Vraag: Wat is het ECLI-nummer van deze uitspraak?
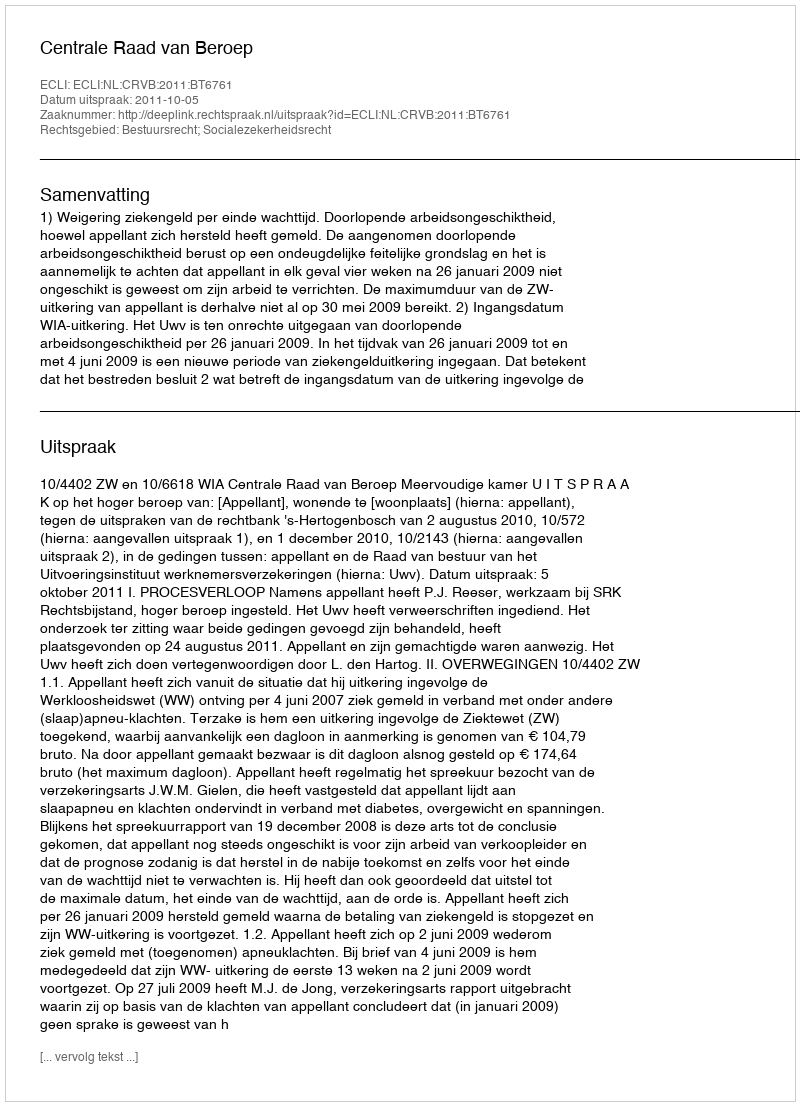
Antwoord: ECLI:NL:CRVB:2011:BT6761